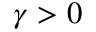
\gamma > 0